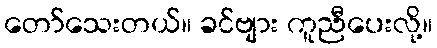
တော်သေးတယ်။ ခင်ဗျား ကူညီပေးလို့။